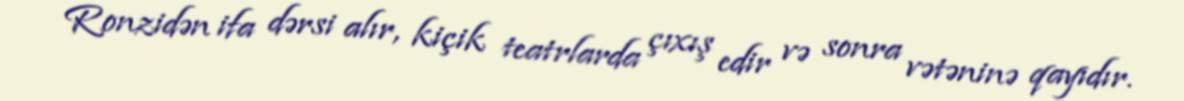
Ronzidən ifa dərsi alır, kiçik teatrlarda çıxış edir və sonra vətəninə qayıdır.